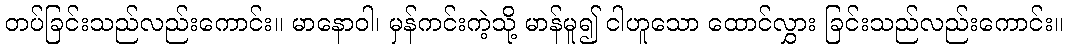
တပ်ခြင်းသည်လည်းကောင်း။ မာနောဝါ၊ မှန်ကင်းကဲ့သို့ မာန်မူ၍ ငါဟူသော ထောင်လွှား ခြင်းသည်လည်းကောင်း။